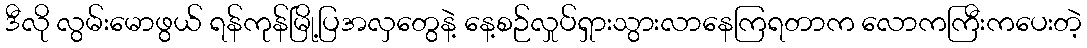
ဒီလို လွမ်းမောဖွယ် ရန်ကုန်မြို့ပြအလှတွေနဲ့ နေ့စဉ်လှုပ်ရှားသွားလာနေကြရတာက လောကကြီးကပေးတဲ့